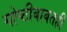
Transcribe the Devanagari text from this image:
गोष्टीबाबतही